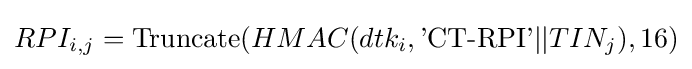
RPI_{i,j}={\text{Truncate}}(HMAC(dtk_{i},{\text{'CT-RPI'}}||TIN_{j}),16)